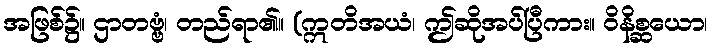
အဖြစ်၌။ ဌာတဗ္ဗံ၊ တည်ရာ၏။ (ဣတိအယံ၊ ဤဆိုအပ်ပြီကား။ ဝိနိစ္ဆယော၊